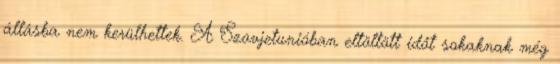
állásba nem kerülhettek. A Szovjetunióban eltöltött időt sokaknak még